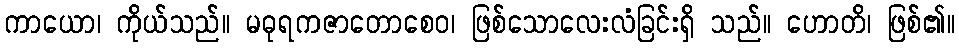
ကာယော၊ ကိုယ်သည်။ မဓုရကဇာတောစေဝ၊ ဖြစ်သောလေးလံခြင်းရှိ သည်။ ဟောတိ၊ ဖြစ်၏။